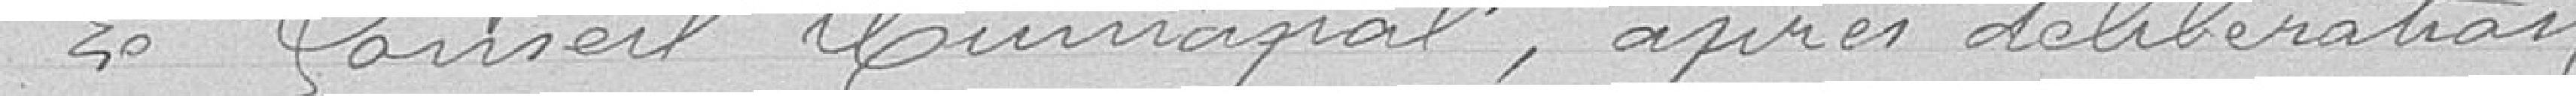
Le Conseil Municipal, après délibération